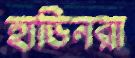
হাডিনরা